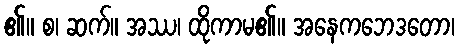
၏။ စ၊ ဆက်။ အဿ၊ ထိုကာမ၏။ အနေကဘေဒတော၊